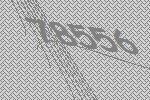
78556